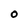
Character: O